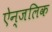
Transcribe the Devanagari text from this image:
ऐन्जलिक